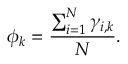
\phi _ { k } = \frac { \sum _ { i = 1 } ^ { N } \gamma _ { i , k } } { N } .